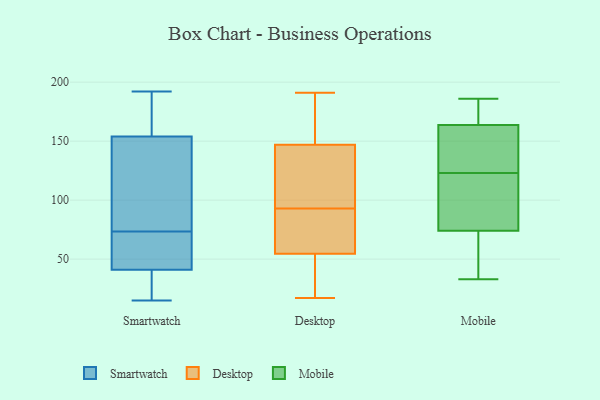
{"axis": {"x": "Shipments", "y": "Value"}, "legend": ["Desktop", "Mobile", "Smartwatch"], "data": [{"x": "", "y": 192, "type": "Smartwatch"}, {"x": "", "y": 27, "type": "Smartwatch"}, {"x": "", "y": 41, "type": "Smartwatch"}, {"x": "", "y": 83, "type": "Smartwatch"}, {"x": "", "y": 108, "type": "Smartwatch"}, {"x": "", "y": 20, "type": "Smartwatch"}, {"x": "", "y": 160, "type": "Smartwatch"}, {"x": "", "y": 91, "type": "Smartwatch"}, {"x": "", "y": 59, "type": "Smartwatch"}, {"x": "", "y": 175, "type": "Smartwatch"}, {"x": "", "y": 64, "type": "Smartwatch"}, {"x": "", "y": 15, "type": "Smartwatch"}, {"x": "", "y": 154, "type": "Smartwatch"}, {"x": "", "y": 46, "type": "Smartwatch"}, {"x": "", "y": 97, "type": "Desktop"}, {"x": "", "y": 101, "type": "Desktop"}, {"x": "", "y": 53, "type": "Desktop"}, {"x": "", "y": 17, "type": "Desktop"}, {"x": "", "y": 24, "type": "Desktop"}, {"x": "", "y": 124, "type": "Desktop"}, {"x": "", "y": 42, "type": "Desktop"}, {"x": "", "y": 147, "type": "Desktop"}, {"x": "", "y": 93, "type": "Desktop"}, {"x": "", "y": 59, "type": "Desktop"}, {"x": "", "y": 167, "type": "Desktop"}, {"x": "", "y": 79, "type": "Desktop"}, {"x": "", "y": 147, "type": "Desktop"}, {"x": "", "y": 70, "type": "Desktop"}, {"x": "", "y": 161, "type": "Desktop"}, {"x": "", "y": 163, "type": "Desktop"}, {"x": "", "y": 22, "type": "Desktop"}, {"x": "", "y": 191, "type": "Desktop"}, {"x": "", "y": 93, "type": "Desktop"}, {"x": "", "y": 186, "type": "Mobile"}, {"x": "", "y": 123, "type": "Mobile"}, {"x": "", "y": 172, "type": "Mobile"}, {"x": "", "y": 33, "type": "Mobile"}, {"x": "", "y": 74, "type": "Mobile"}, {"x": "", "y": 118, "type": "Mobile"}, {"x": "", "y": 50, "type": "Mobile"}, {"x": "", "y": 98, "type": "Mobile"}, {"x": "", "y": 166, "type": "Mobile"}, {"x": "", "y": 74, "type": "Mobile"}, {"x": "", "y": 92, "type": "Mobile"}, {"x": "", "y": 140, "type": "Mobile"}, {"x": "", "y": 163, "type": "Mobile"}, {"x": "", "y": 127, "type": "Mobile"}, {"x": "", "y": 49, "type": "Mobile"}, {"x": "", "y": 175, "type": "Mobile"}, {"x": "", "y": 140, "type": "Mobile"}]}